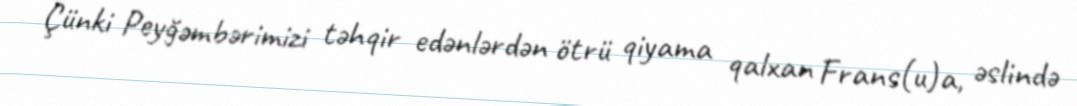
Çünki Peyğəmbərimizi təhqir edənlərdən ötrü qiyama qalxan Frans(u)a, əslində